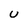
Character: u